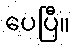
ပေပြီ။